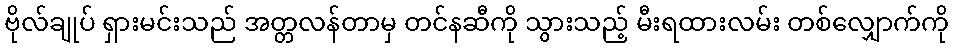
ဗိုလ်ချုပ် ရှားမင်းသည် အတ္တလန်တာမှ တင်နဆီကို သွားသည့် မီးရထားလမ်း တစ်လျှောက်ကို